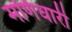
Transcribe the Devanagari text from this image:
मणिधारी